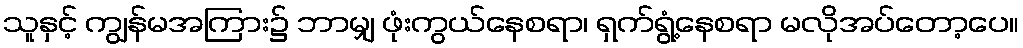
သူနှင့် ကျွန်မအကြား၌ ဘာမျှ ဖုံးကွယ်နေစရာ၊ ရှက်ရွံ့နေစရာ မလိုအပ်တော့ပေ။